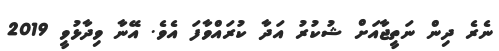
ނެރެ ދިން ނަތީޖާއަށް ޝުކުރު އަދާ ކުރައްވާފަ އެވެ. އޭނާ ވިދާޅުވީ 2019